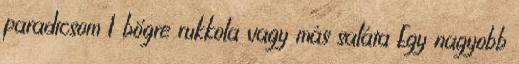
paradicsom 1 bögre rukkola vagy más saláta Egy nagyobb